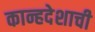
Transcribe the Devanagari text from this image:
कान्हदेशाची